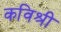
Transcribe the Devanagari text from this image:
कविश्री